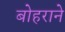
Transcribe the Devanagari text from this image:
बोहराने